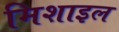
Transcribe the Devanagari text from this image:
मिशाइल